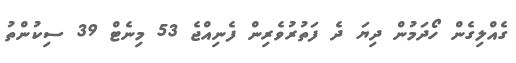
ގެއްލިގެން ހޯދަމުން ދިޔަ ދެ ފަތުރުވެރިން ފެނިއްޖެ 53 މިނެޓް 39 ސިކުންތު